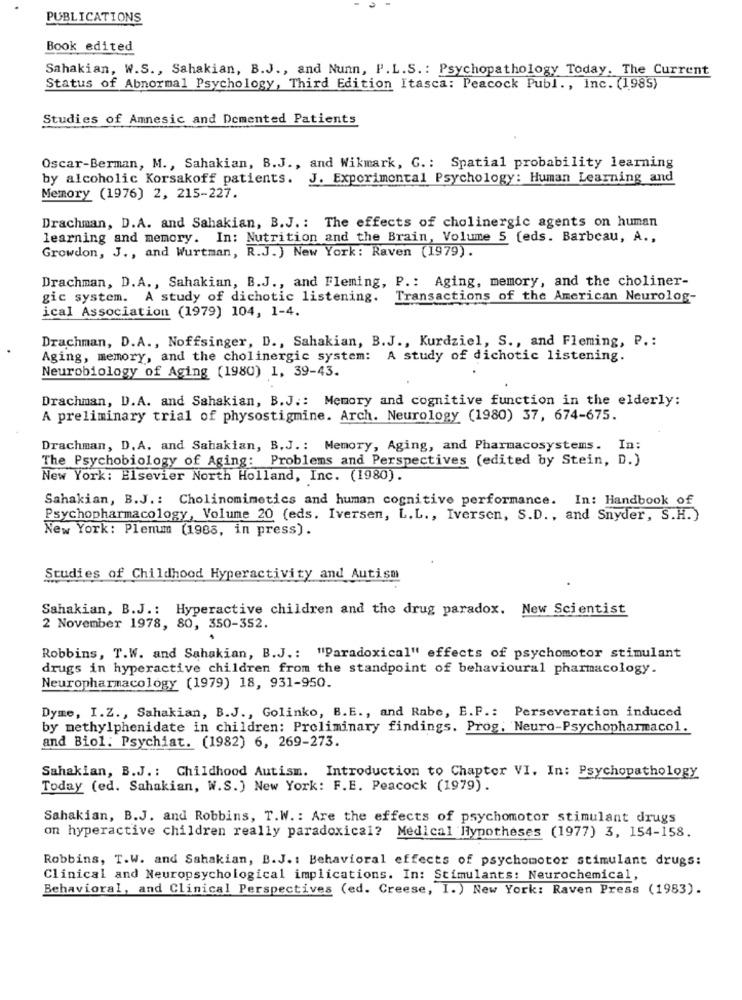
PUBLICATIONS
Book edited
Sahakian, W.S ., Sahakian, B.J ., and Nunn, P.L.S .: Psychopathology Today. The Current
Status of Abnormal Psychology, Third Edition Itasca: Peacock Publ ., inc. (1985)
Studies of Amnesic and Demented Patients
Oscar-Berman, M ., Sahakian, B.J ., and Wikmark, G .: Spatial probability learning
by alcoholic Korsakoff patients. J. Experimental Psychology: Human Learning and
Memory (1976) 2, 215-227.
Drachman, D.A. and Sahakian, B.J .: The effects of cholinergic agents on human
learning and memory. In: Nutrition and the Brain, Volume 5 [eds. Barbeau, A .,
Growdon, J ., and Wurtman, R.J.) New York: Raven (1979).
Drachman, D.A ., Sahakian, B.J ., and Fleming, P .: Aging, memory, and the choliner-
gic system. A study of dichotic listening.
Transactions of the American Neurolog-
ical Association (1979) 104, 1-4.
Drachman, D.A ., Noffsinger, D ., Sahakian, B.J ., Kurdziel, S ., and Fleming, P .:
Aging, memory, and the cholinergic system: A study of dichotic listening.
Neurobiology of Aging (1980) 1, 39-43.
Drachman, D.A. and Sahakian, B.J .: Memory and cognitive function in the elderly:
A preliminary trial of physostigmine. Arch. Neurology (1980) 37, 674-675.
Drachman, D.A. and Sahakian, B.J .: Memory, Aging, and Pharmacosystems. In:
The Psychobiology of Aging: Problems and Perspectives (edited by Stein, D.)
New York: Elsevier North Holland, Inc. (1980).
Sahakian, B.J .: Cholinomimetics and human cognitive performance. In: Handbook of
Psychopharmacology, Volume 20 (eds. Iversen, L.L ., Iversen, S.D ., and Snyder, S.H.)
New York: Plenum (1988, in press).
Studies of Childhood Hyperactivity and Autism
Sahakian, B.J .: Hyperactive children and the drug paradox. New Scientist
2 November 1978, 80, 350-352.
Robbins, T.W. and Sahakian, B.J .: "Paradoxical" effects of psychomotor stimulant
drugs in hyperactive children from the standpoint of behavioural pharmacology.
Neuropharmacology (1979) 18, 931-950.
Dyme, I.Z ., Sahakian, B.J ., Golinko, B.E ., and Rabe, E.F .: Perseveration induced
by methylphenidate in children: Preliminary findings. Prog. Neuro-Psychopharmacol.
and Biol: Psychiat. (1982) 6, 269-273.
Sahakian, B.J .: Childhood Autism. Introduction to Chapter VI. In: Psychopathology
Today (ed. Sahakian, W.S.) New York: F.E. Peacock (1979).
Sahakian, B.J. and Robbins, T.W .: Are the effects of psychomotor stimulant drugs
on hyperactive children really paradoxical? Medical Hypotheses (1977) 3, 154-158.
Robbins, T.W. and Sahakian, B. J .: Behavioral effects of psychomotor stimulant drugs:
Clinical and Neuropsychological implications. In: Stimulants: Neurochemical,
Behavioral, and Clinical Perspectives (ed. Creese, I.) New York: Raven Press (1983).